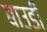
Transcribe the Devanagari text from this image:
बाउडी